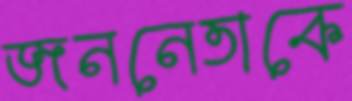
জননেতাকে